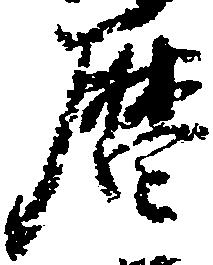
暦